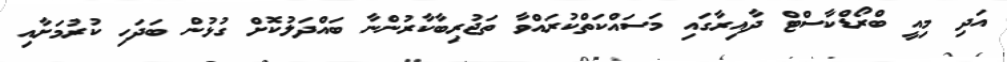
އަދި މިއީ ބްރޯޑްކާސްޓް ދާއިރާގައި މަސައްކަތްކުރައްވާ ތަޖުރިބާކާރުންނާ ބައްދަލުކޮށް ގުޅުން ބަދަހި ކުރުމަށާއި